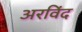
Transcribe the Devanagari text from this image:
अरविंद